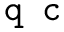
\texttt { q c }